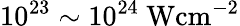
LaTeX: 10^{23}\sim 10^{24}\mathrm{~Wcm^{-2}}